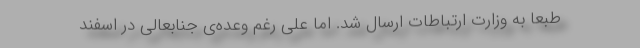
طبعا به وزارت ارتباطات ارسال شد. اما علی رغم وعده‌ی جنابعالی در اسفند